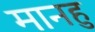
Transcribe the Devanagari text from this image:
मानहु